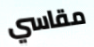
مقاسي